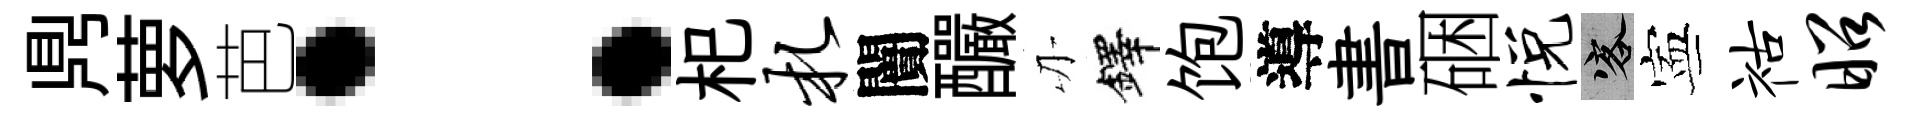
𪔂萝芭：𣏌札闠釅刃鐸饱導書硱悦客寕祜昭